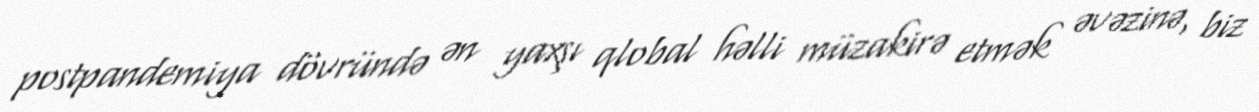
postpandemiya dövründə ən yaxşı qlobal həlli müzakirə etmək əvəzinə, biz